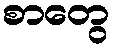
စာတွေ